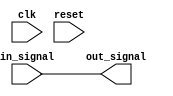
module io_buffer (
   input wire clk,
   input wire reset,
   input wire in_signal,
   output wire out_signal
);

   assign out_signal = in_signal;

endmodule